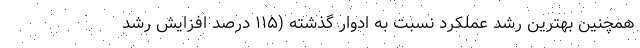
همچنین بهترین رشد عملکرد نسبت به ادوار گذشته (۱۱۵ درصد افزایش رشد